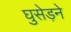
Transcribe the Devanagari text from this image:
घुसेड़ने